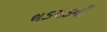
થડચડની